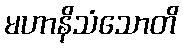
မဟာနိသံသောတိ